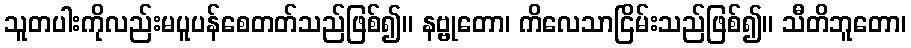
သူတပါးကိုလည်းမပူပန်စေတတ်သည်ဖြစ်၍။ နဗ္ဗုတော၊ ကိလေသာငြိမ်းသည်ဖြစ်၍။ သီတိဘူတော၊